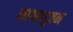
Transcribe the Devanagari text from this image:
सागरपूजन